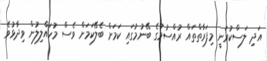
އަދި ލަސްކުރަނީ މިފަރާތްތައް ރުއްސުމުގެ ބޭނުމުގައި ކަމަށް ބެލޭކަމަށް ވެސް މުހައްލިލުން ވިދާޅުވެ